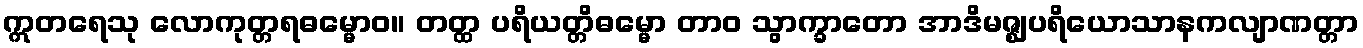
ဣတရေသု လောကုတ္တရဓမ္မောဝ။ တတ္ထ ပရိယတ္တိဓမ္မော တာဝ သွာက္ခာတော အာဒိမဇ္ဈပရိယောသာနကလျာဏတ္တာ